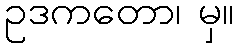
ဥဒကတော၊ မှ။